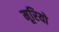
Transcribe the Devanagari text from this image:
मूरियो